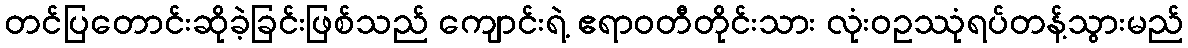
တင်ပြတောင်းဆိုခဲ့ခြင်းဖြစ်သည် ကျောင်းရဲ့ ဧရာဝတီတိုင်းသား လုံးဝဥဿုံရပ်တန့်သွားမည်